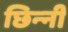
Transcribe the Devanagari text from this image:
छिन्‍नी